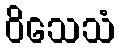
ဝိသေသံ